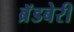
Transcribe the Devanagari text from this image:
ब्रॅडबेरी